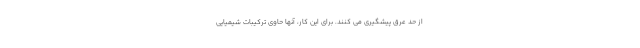
از حد عرق پیشگیری می کنند. برای این کار، آنها حاوی ترکیبات شیمیایی